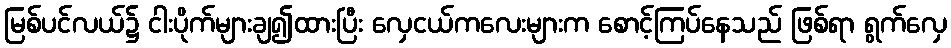
မြစ်ပင်လယ်၌ ငါးပိုက်များချ၍ထားပြီး လှေငယ်ကလေးများက စောင့်ကြပ်နေသည် ဖြစ်ရာ ရွက်လှေ